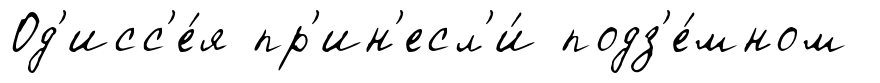
Од'исс'е́я пр'ин'есл'и́ подз'е́мном